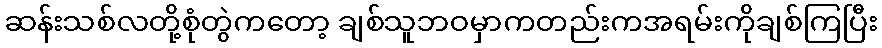
ဆန်းသစ်လတို့စုံတွဲကတော့ ချစ်သူဘဝမှာကတည်းကအရမ်းကိုချစ်ကြပြီး